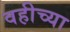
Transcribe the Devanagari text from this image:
वहीच्या